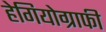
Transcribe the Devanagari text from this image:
हेगियोग्राफी